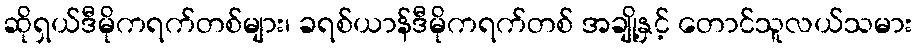
ဆိုရှယ်ဒီမိုကရက်တစ်များ၊ ခရစ်ယာန်ဒီမိုကရက်တစ် အချို့နှင့် တောင်သူလယ်သမား